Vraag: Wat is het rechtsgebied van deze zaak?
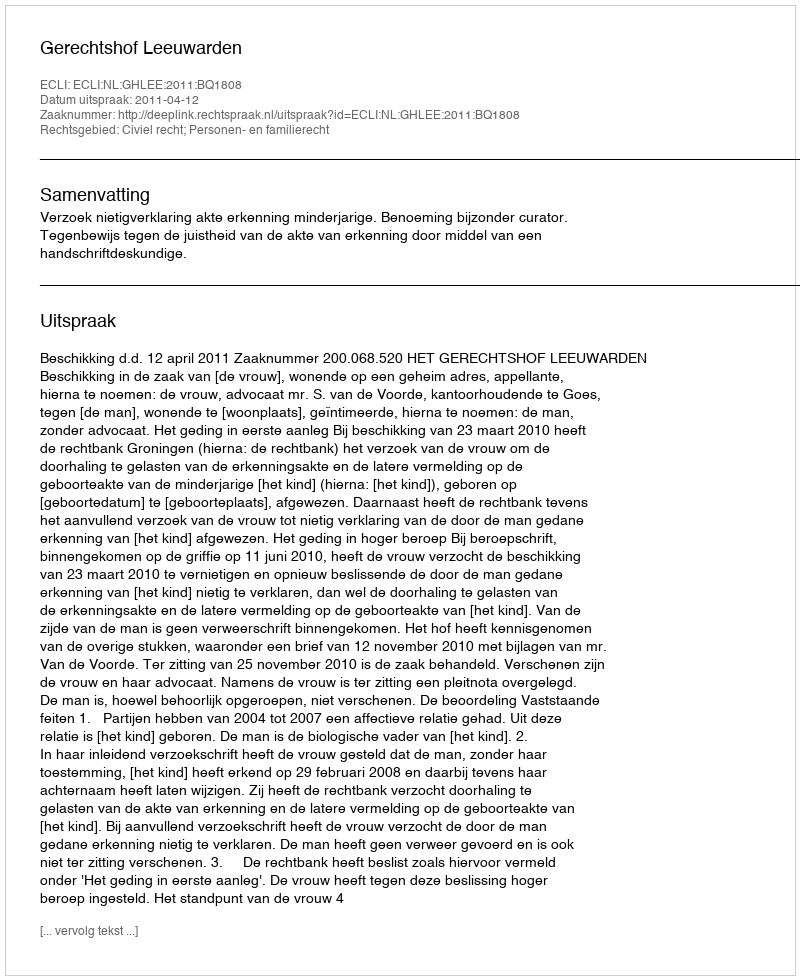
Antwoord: Civiel recht; Personen- en familierecht